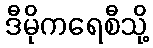
ဒီမိုကရေစီသို့